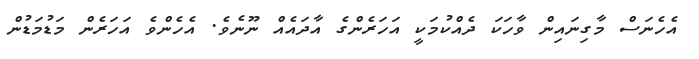
އެހެނަސް މާގިނައިން ވާހަކަ ދެއްކުމަކީ އަހަރެންގެ އާދައެއް ނޫނެވެ. އެހެންވެ އަހަރެން މަޑުމަޑުން